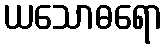
ယသောဓရော